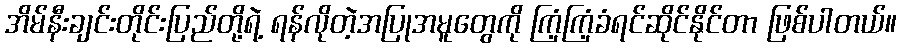
အိမ်နီးချင်းတိုင်းပြည်တို့ရဲ့ ရန်လိုတဲ့အပြုအမူတွေကို ကြံ့ကြံ့ခံရင်ဆိုင်နိုင်တာ ဖြစ်ပါတယ်။